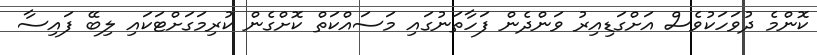
ކޮންމެ ދުވަހަކުވެސް އަށްގަޑިއިރު ވަންދެން ފަހާތަނުގައި މަސައްކަތް ކޮށްގެން ކުރިމަގަށްޓަކައި ލިބޭ ފައިސާ